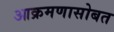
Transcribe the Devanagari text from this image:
आक्रमणासोबत